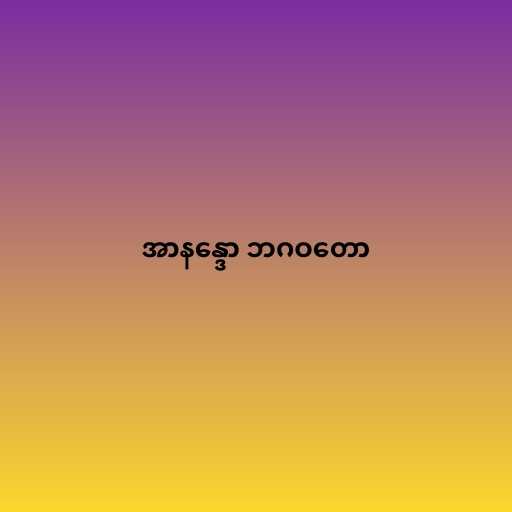
အာနန္ဒော ဘဂဝတော